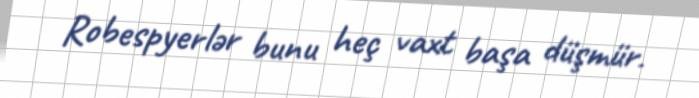
Robespyerlər bunu heç vaxt başa düşmür.